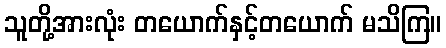
သူတို့အားလုံး တယောက်နှင့်တယောက် မသိကြ။